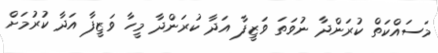
މަސައްކަތް ކުރަންދާ ނުވަތަ ވަޒީފާ އަދާ ކުރަންދާ މީހާ ވަޒީފާ އަދާ ކުރުމަށް